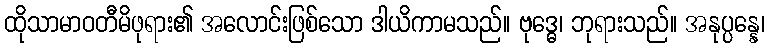
ထိုသာမာဝတီမိဖုရား၏ အလောင်းဖြစ်သော ဒါယိကာမသည်။ ဗုဒ္ဓေ၊ ဘုရားသည်။ အနုပ္ပန္နေ၊